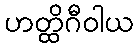
ဟတ္ထိဂီဝါယ